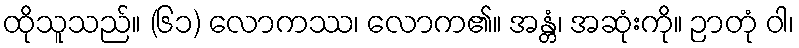
ထိုသူသည်။ (၆၁) လောကဿ၊ လောက၏။ အန္တံ၊ အဆုံးကို။ ဉာတုံ ဝါ၊